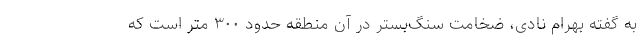
به گفته بهرام نادی، ضخامت سنگ‌بستر در آن منطقه حدود ۳۰۰ متر است که